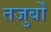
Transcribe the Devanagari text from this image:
तजुर्बों